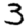
Digit: 3